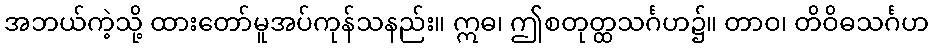
အဘယ်ကဲ့သို့ ထားတော်မူအပ်ကုန်သနည်း။ ဣဓ၊ ဤစတုတ္ထသင်္ဂဟ၌။ တာဝ၊ တိဝိဓသင်္ဂဟ